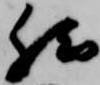
然